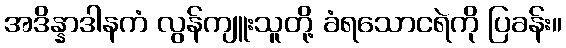
အဒိန္နာဒါနကံ လွန်ကျူးသူတို့ ခံရသောငရဲကို ပြခန်း။